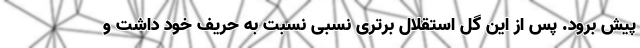
پیش برود. پس از این گل استقلال برتری نسبی نسبت به حریف خود داشت و